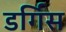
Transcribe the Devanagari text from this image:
डर्गिस